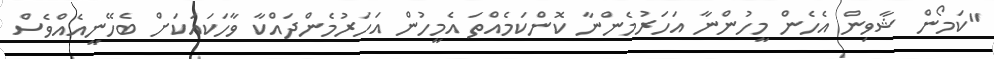
"ކަމޯން ޝާވިން އެހެން މީހުންނާ އަހަރުމެންނާ ކޮންކަމެއްތަ އެމީހުން އަހަރުމެންދައްކާ ވާހަކައަކަށް ބެހޭނީއެއްވެސް